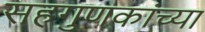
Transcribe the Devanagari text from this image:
सहगुणकांच्या